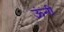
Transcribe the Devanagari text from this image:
ऊंनी